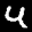
Label: 4